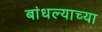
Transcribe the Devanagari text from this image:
बांधल्याच्या